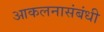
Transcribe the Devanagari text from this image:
आकलनासंबंधी